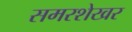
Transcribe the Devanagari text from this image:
समरशेखर